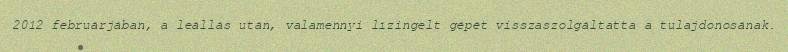
2012 februárjában, a leállás után, valamennyi lízingelt gépét visszaszolgáltatta a tulajdonosának.